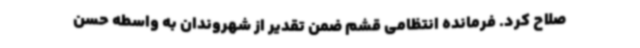
صلاح کرد. فرمانده انتظامی قشم ضمن تقدیر از شهروندان به واسطه حسن